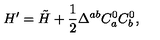
H ^ { \prime } = \tilde { H } + \frac 1 2 \Delta ^ { a b } C _ { a } ^ { 0 } C _ { b } ^ { 0 } ,